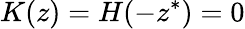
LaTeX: K(z)=H(-z^{*})=0